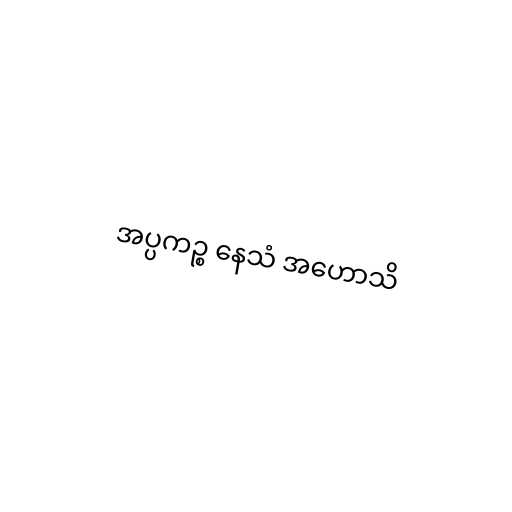
အပ္ပကဉ္စ နေသံ အဟောသိ